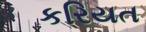
કરિયત